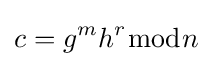
c=g^{m}h^{r}{\bmod {n}}